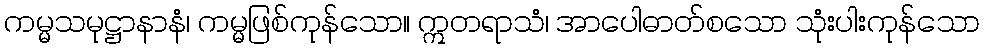
ကမ္မသမုဋ္ဌာနာနံ၊ ကမ္မဖြစ်ကုန်သော။ ဣတရာသံ၊ အာပေါဓာတ်စသော သုံးပါးကုန်သော